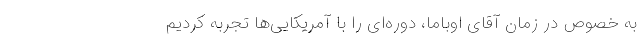
به خصوص در زمان آقای اوباما، دوره‌ای را با آمریکایی‌ها تجربه کردیم